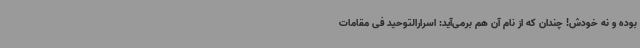
بوده و نه خودش! چندان که از نام آن هم برمی‌آید: اسرارالتوحید فی مقامات